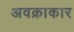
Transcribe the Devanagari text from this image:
अवक्राकार